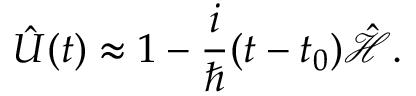
{ \hat { U } } ( t ) \approx 1 - { \frac { i } { \hbar } } ( t - t _ { 0 } ) { \hat { \mathcal { H } } } .